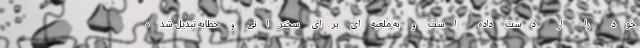
خود را از دست داده است و به ملعبه‌ای برای سخنرانی و خطابه تبدیل شده